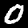
Label: 0